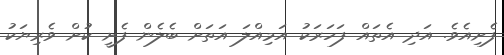
ފެށިއެވެ. އަދި އެތައް ފަހަރަކު އަމިއްލަ އަތަށް ބެލެން ފެށީ ކުށް ވެރިޔަކު